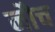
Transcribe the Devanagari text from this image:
नौच